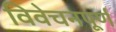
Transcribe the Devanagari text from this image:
विवेचनपूर्ण